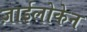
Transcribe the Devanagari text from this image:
ज़ाईलोकेन